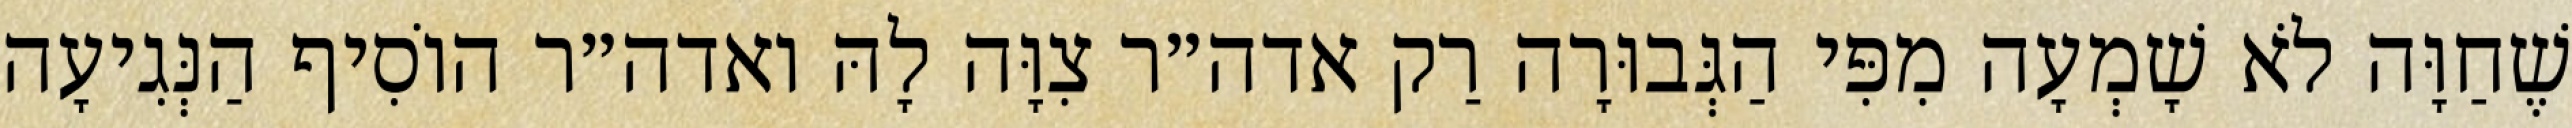
שֶׁחַוָּה לֹא שָׁמְעָה מִפִּי הַגְּבוּרָה רַק אדה״ר צִוָּה לָהּ ואדה״ר הוֹסִיף הַנְּגִיעָה